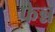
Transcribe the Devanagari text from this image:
फेन्न